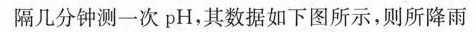
隔几分钟测一次pH，其数据如下图所示，则所降雨